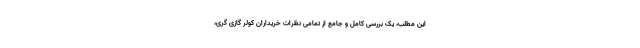
این مطلب، یک بررسی کامل و جامع از تمامی نظرات خریداران کولر گازی گری،